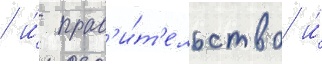
/ и́ прав'и́т'ельство и́